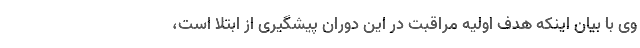
وی با بیان اینکه هدف اولیه مراقبت در این دوران پیشگیری از ابتلا است،